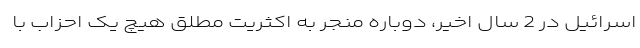
اسرائیل در 2 سال اخیر، دوباره منجر به اکثریت مطلق هیچ یک احزاب با